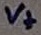
Text: V+